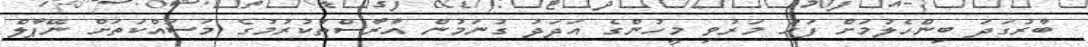
ބާރުގަދަ ބިންހެލުމަށް ފަހު މަރުވި މީހުންގެ އަދަދު ގުނަމުން އާރާސްތުކުރުމުގެ މަސައްކަތަށް ނޭޕާލް